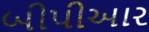
બીપીઆર